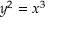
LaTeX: y ^ { 2 } = x ^ { 3 }